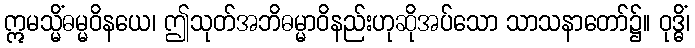
ဣမသ္မိံဓမ္မဝိနယေ၊ ဤသုတ်အဘိဓမ္မာဝိနည်းဟုဆိုအပ်သော သာသနာတော်၌။ ဝုဒ္ဓိံ၊